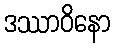
ဒဿာဝိနော